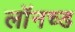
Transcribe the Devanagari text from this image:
लॉनच्ड